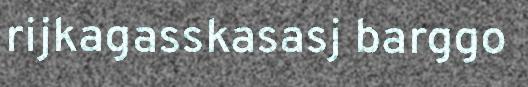
rijkagasskasasj barggo